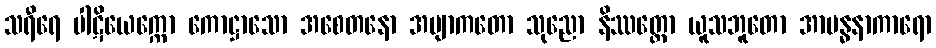
သရီရေ ပါဋိယေက္ကော ကောဋ္ဌာသော အစေတနော အဗျာကတော သုညော နိဿတ္တော ယူသဘူတော အာဗန္ဓနာကာရော